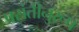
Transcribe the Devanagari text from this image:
पसंतीनुरूप